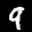
Label: 9